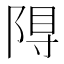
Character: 𮥎